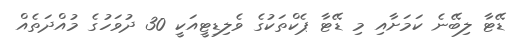
ޑޭޓާ ލިބޭނެ ކަމަށާއި މި ޑޭޓާ ޕެކްތަކުގެ ވެލިޑިޓީއަކީ 30 ދުވަހުގެ މުއްދަތެއް